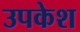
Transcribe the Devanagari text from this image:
उपकेश